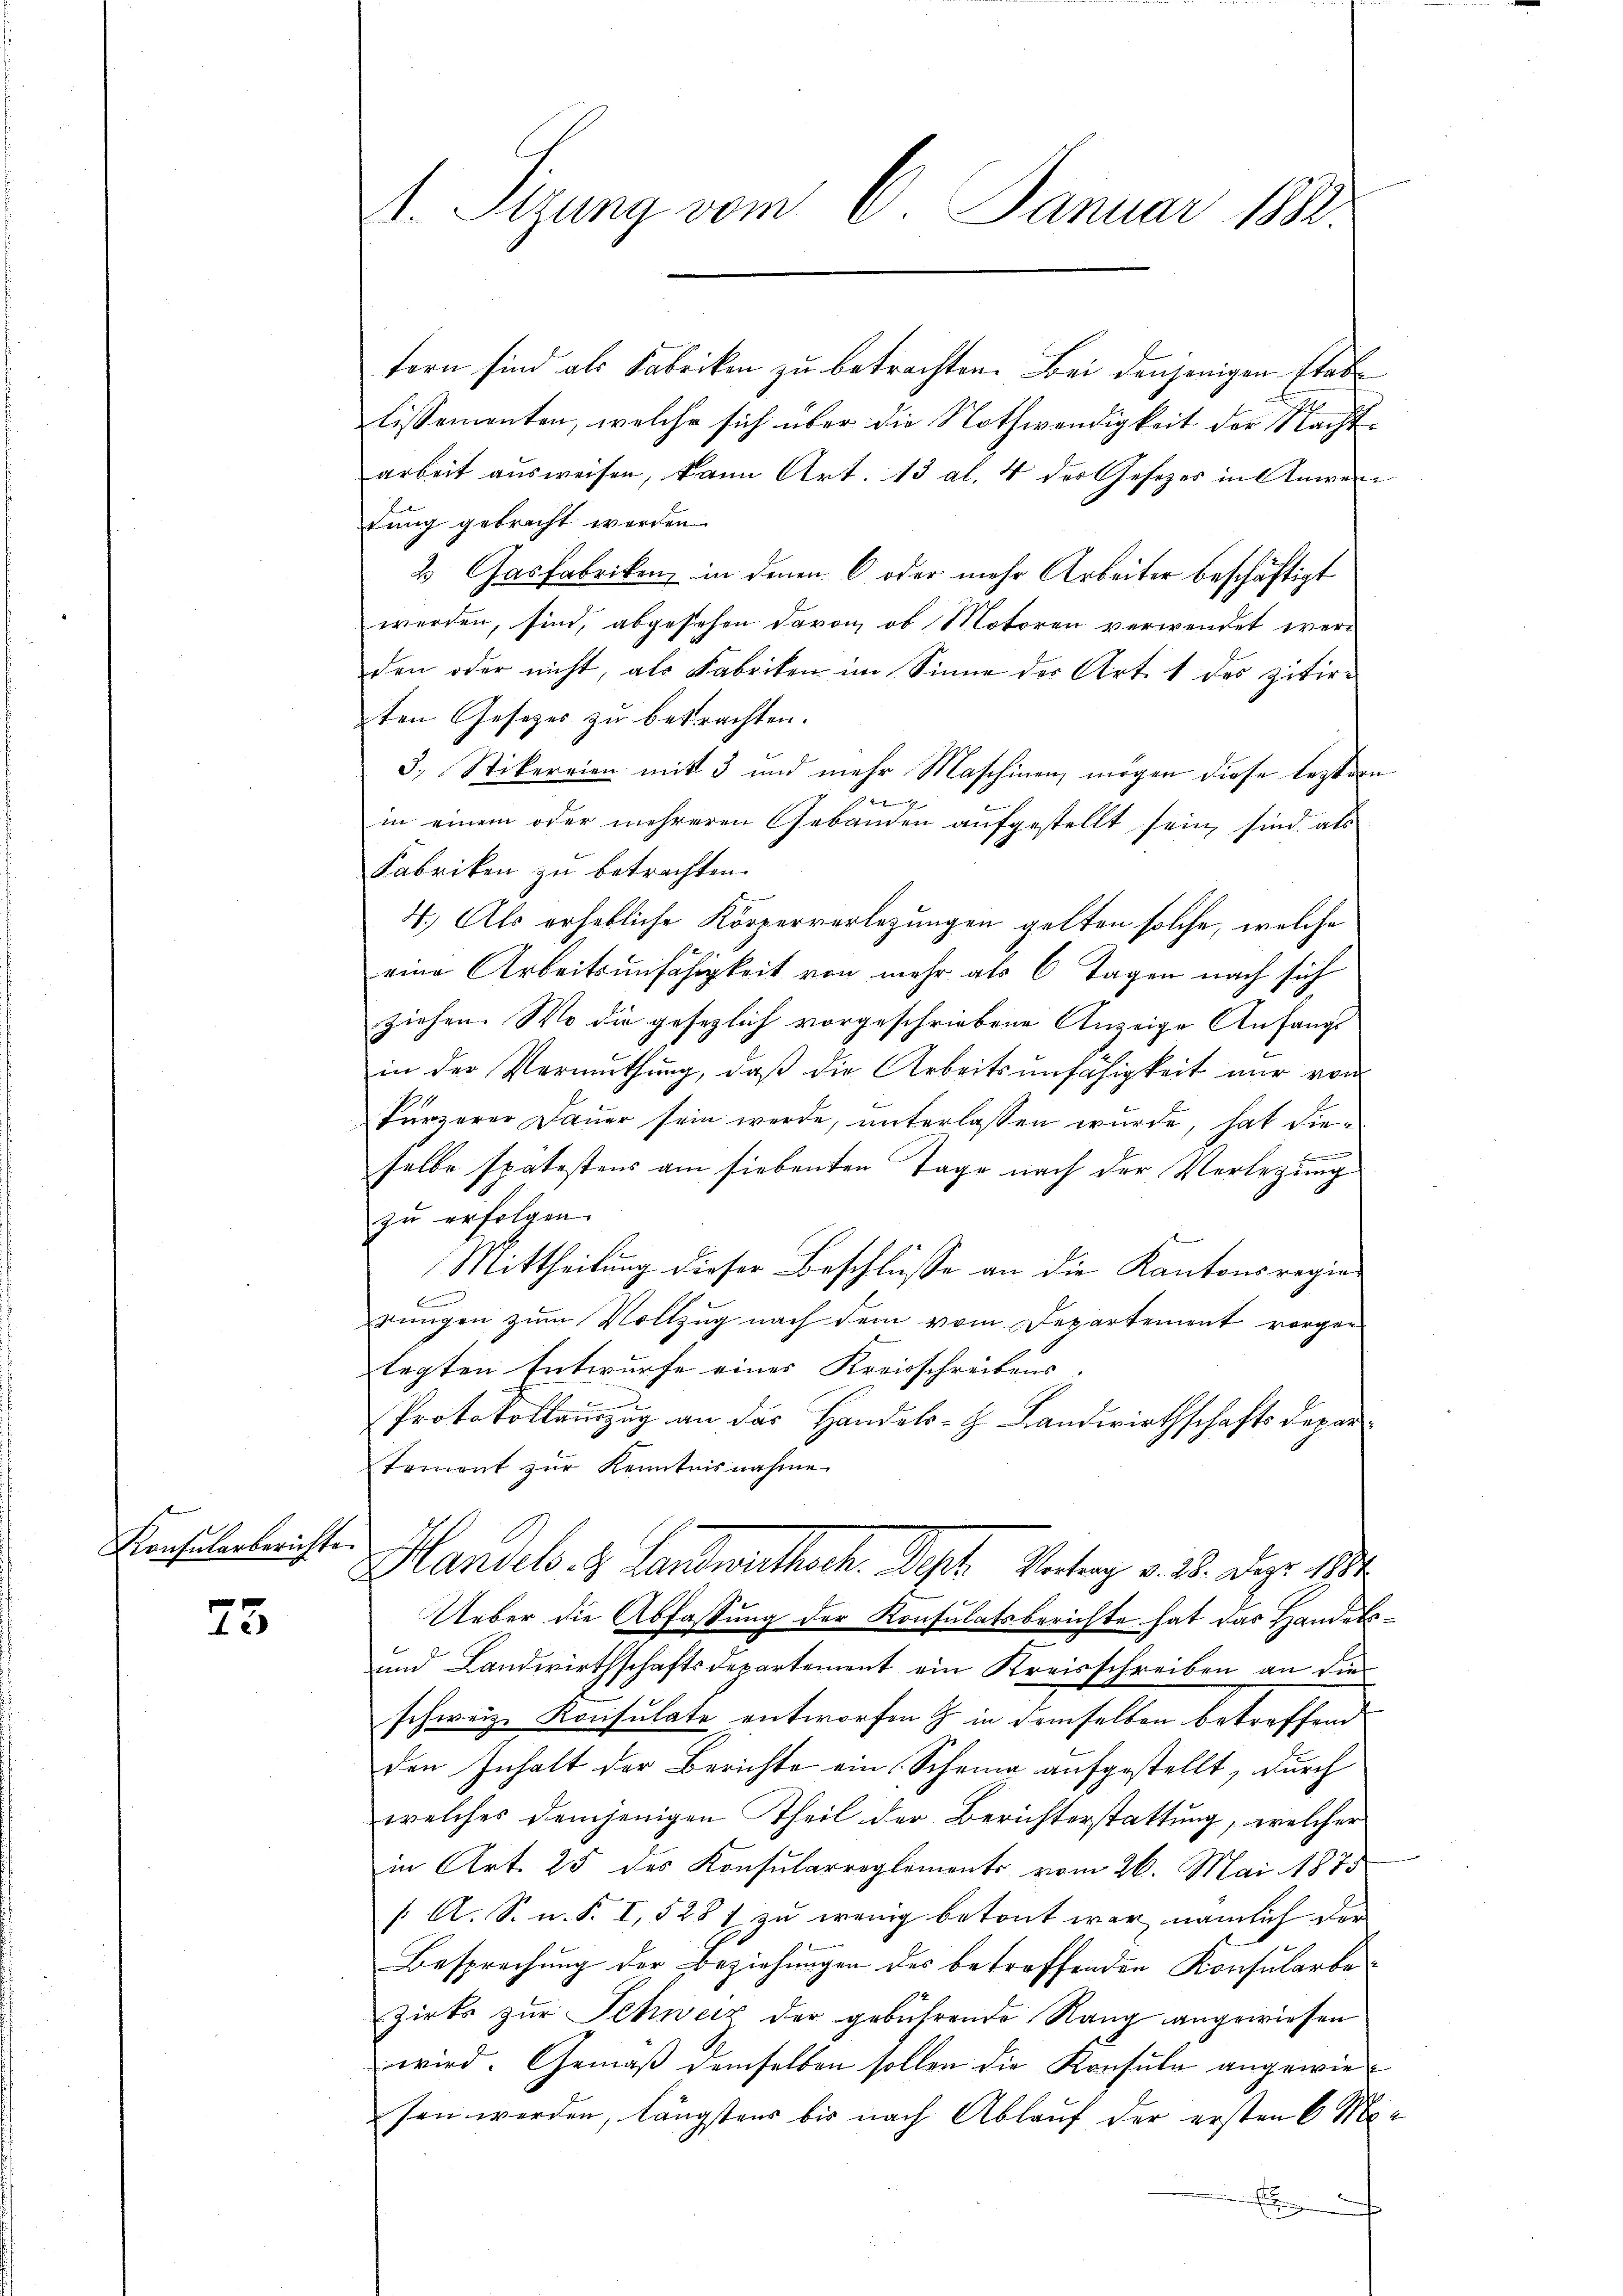
Konsularberichte.

25

. Sitzung vom 8. Januar 1882

fern sind als Fabriken zu betrachten. Bei denjenigen Etablissementen, welche sich über die Nothwendigkeit der Nachtarbeit ausweisen, kann Art. 13 al. 4 der Gesetzes in Anwentung gebracht werden.
2 Gasfabriken in denen 6 oder mehr Arbeiter beschäftigt
werden, sind, abgesehen davon, ob Motoren verwendet werd
den oder nicht, als Fabriken im Sinne der Art. 1 des zitirten Gesetzes zu betrachten.
3., Stikereien mit 3 und mehr Maschinen, mögen diese leztern
e
in einem oder mehreren Gebäuden aufgestellt sein, sind als
Fabriken zu betrachten.
4.) Als erhebliche Körperverlegungen gelten solche, welche
eine Arbeitsunfähigkeit von mehr als 6 Tagen nach sich
ziehen. Wo die gesezlich vorgeschriebene Anzeige Anfangs
in der Vermuthung, daß die Arbeitsunfähigkeit nur vom
kürzerer Dauer sein werde, unterlassen wurde, hat dien
selbe spätestens am siebenten Tage nach der Verletzung
zu erfolgen.
Mittheilung dieser Beschlüsse an die Kantonsregie
rungen zum Vollzug nach dem vom Departement vorgen
legten Entwurfe eines Kreisschreibens.
Protokolleurzug an das Handels-H. Landwirthschafts Departement zŭr Kenntnisnahme
Handels H. Landwerthoch. Sept. Vertrag v. 18. Dez. 184
Ueber die Abfassung der Konsulatsberichte hat das Handels¬
und Landwirthschaftsdepartement ein Kreisschreiben an die
schweiz. Konsulate entworfen & in demselben betreffend
den Inhalt der Berichte ein Scheina aufgestellt, durch
welches demjenigen Theil der Berichterstattung, welcher
in Art. 25 des Konsularreglements vom 26. Mai 1875
/A. S. n. F. I, 528 f zu wenig betont war, nämlich der
Besprechung der Beziehungen des betreffenden Konsularbezirks zur Schwer der gebührende Rang angewiesen
wird. Gemäß demselben sollen die Konsula angewiesen werden, längstens bis nach Ablauf der ersten 6 M.
.
gemeinen